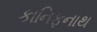
કાનિફનાથ